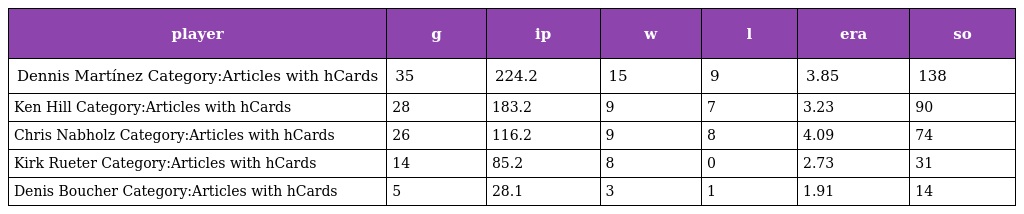
| player | g | ip | w | l | era | so |
 | --- | --- | --- | --- | --- | --- | --- |
 | Dennis Martínez Category:Articles with hCards | 35 | 224.2 | 15 | 9 | 3.85 | 138 |
 | Ken Hill Category:Articles with hCards | 28 | 183.2 | 9 | 7 | 3.23 | 90 |
 | Chris Nabholz Category:Articles with hCards | 26 | 116.2 | 9 | 8 | 4.09 | 74 |
 | Kirk Rueter Category:Articles with hCards | 14 | 85.2 | 8 | 0 | 2.73 | 31 |
 | Denis Boucher Category:Articles with hCards | 5 | 28.1 | 3 | 1 | 1.91 | 14 |